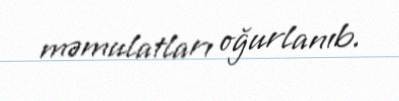
məmulatları oğurlanıb.